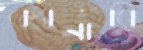
ক্যানারি